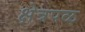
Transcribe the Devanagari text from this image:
क्षेत्रपळ